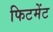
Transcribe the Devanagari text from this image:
फिटमेंट